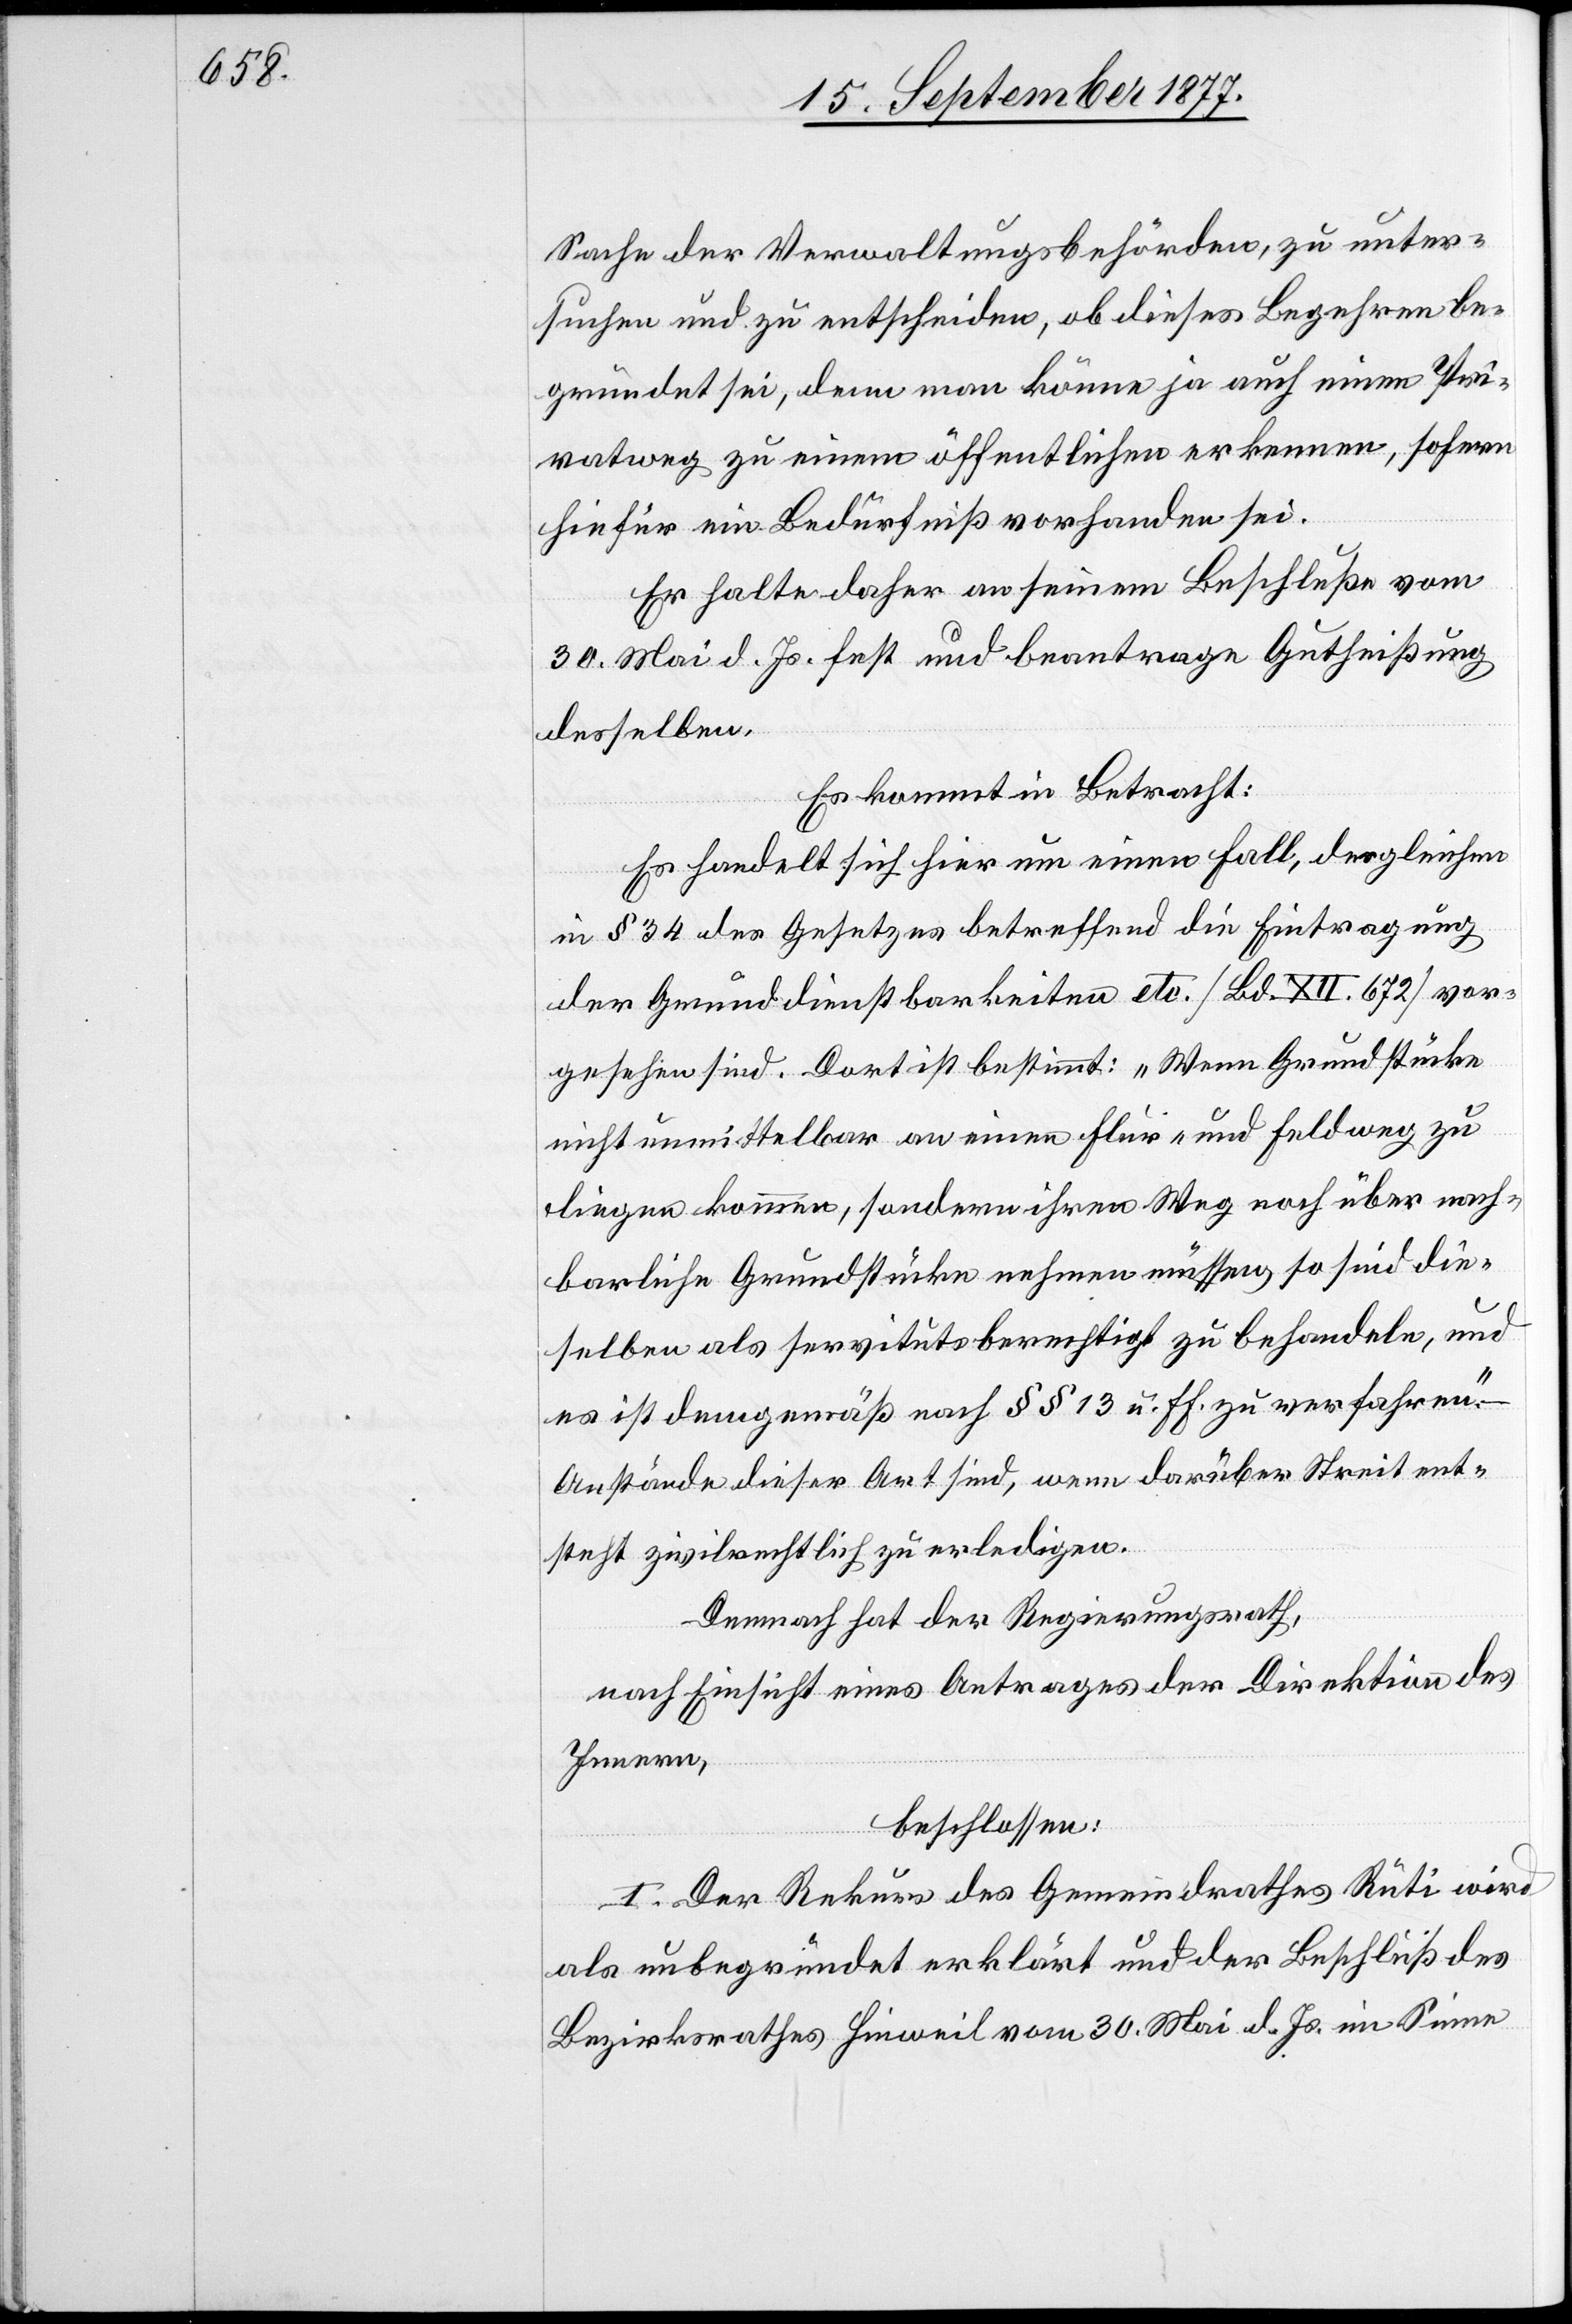
Sache der Verwaltungsbehörden, zu unter¬
suchen und zu entscheiden, ob dieses Begehren be¬
gründet sei, denn man könne ja auch einen Pri¬
vatweg zu einem öffentlichen erkennen, sofern
hiefür ein Bedürfniß vorhanden sei.
Er halte daher an seinem Beschluße vom
30. Mai d. Js. fest und beantrage Gutheißung
desselben.
Es kommt in Betracht:
Es handelt sich hier um einen Fall, desgleichen
in § 34 des Gesetzes betreffend die Eintragung
der Grunddienstbarkeiten etc. [Bd. XII. 672] vor¬
gesehen sind. Dort ist bestimmt: „Wenn Grundstücke
nicht unmittelbar an einen Flur- und Feldweg zu
liegen kommen, sondern ihren Weg noch über nach¬
barliche Grundstücke nehmen müssen, so sind die¬
selben als servitutsberechtigt zu behandeln, und
es ist demgemäß nach §§ 13 u. ff. zu verfahren.“
Anstände dieser Art sind, wenn darüber Streit ent¬
steht zivilrechtlich zu erledigen.
Demnach hat der Regierungsrath,
nach Einsicht eines Antrages der Direktion des
Innern,
beschlossen:
I. Der Rekurs des Gemeindrathes Rüti wird
als unbegründet erklärt und der Beschluß des
Bezirksrathes Hinweil vom 30. Mai d. Js. im Sinne